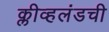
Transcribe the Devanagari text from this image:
क्लीव्हलंडची